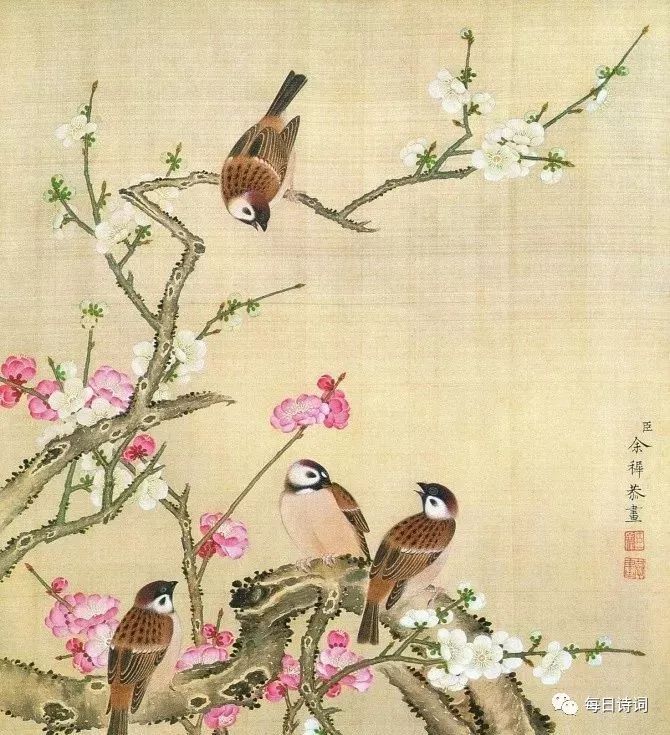
蝴蝶不传千里梦，子规叫断三更月。